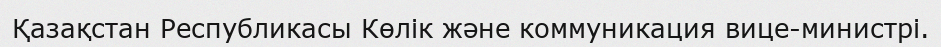
Қазақстан Республикасы Көлік және коммуникация вице-министрі.